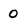
Character: 0